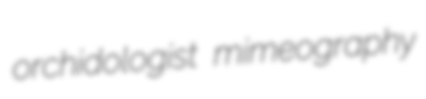
orchidologist mimeography